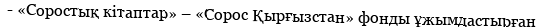
- «Соростық кітаптар» – «Сорос Қырғызстан» фонды ұжымдастырған